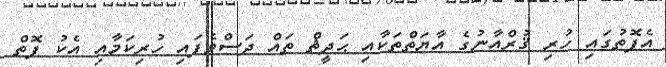
އެފޮތުގައި ހުރި ޤުރްއާނުގެ އާޔަތްތަކާއި ޙަދީޘް ތައް ދަސްވެފައި ހުރިކަމާއި އެކު ފޮތް